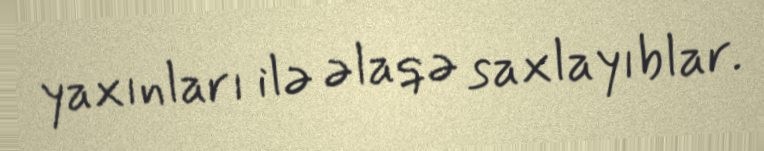
yaxınları ilə əlaqə saxlayıblar.